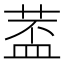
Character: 𱽵